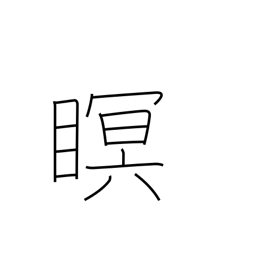
Meaning: close eyes